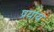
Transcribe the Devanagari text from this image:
प्रयाय